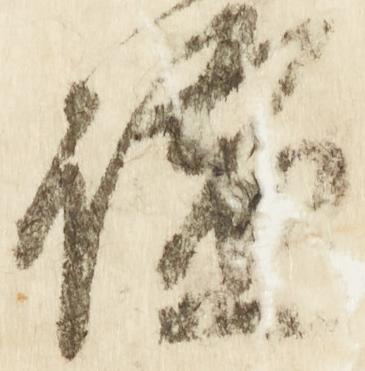
謐